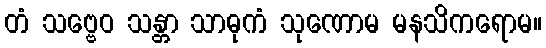
တံ သဗ္ဗေဝ သန္တာ သာဓုကံ သုဏောမ မနသိကရောမ။